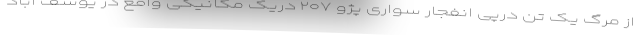
از مرگ یک تن درپی انفجار سواری پژو ۲۰۷ دریک مکانیکی واقع در یوسف آباد